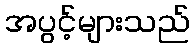
အပွင့်များသည်